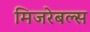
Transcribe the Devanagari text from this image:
मिजरेबल्स